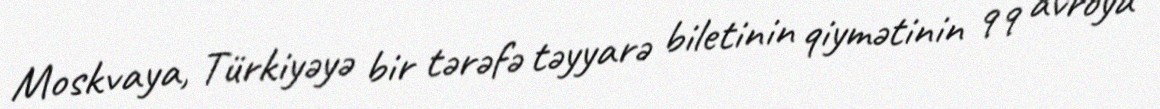
Moskvaya, Türkiyəyə bir tərəfə təyyarə biletinin qiymətinin 99 avroya